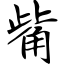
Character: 觜